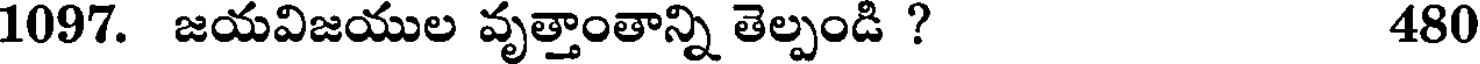
1097. జయవిజయుల వృత్తాంతాన్ని తెల్పండి ? 480